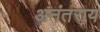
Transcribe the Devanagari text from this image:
अनंतराय